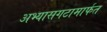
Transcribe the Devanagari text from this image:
अभ्यासगटामार्फत